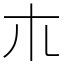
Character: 𣎳